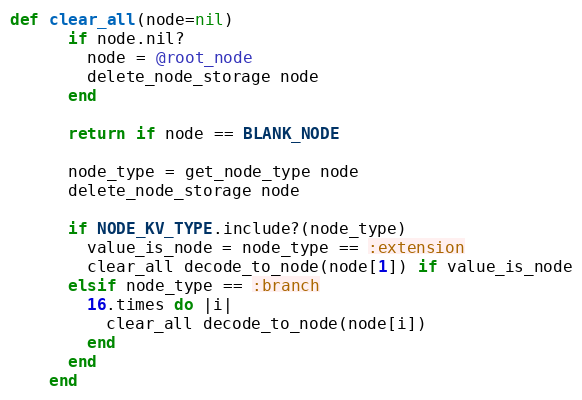
Language: Ruby
def clear_all(node=nil)
      if node.nil?
        node = @root_node
        delete_node_storage node
      end

      return if node == BLANK_NODE

      node_type = get_node_type node
      delete_node_storage node

      if NODE_KV_TYPE.include?(node_type)
        value_is_node = node_type == :extension
        clear_all decode_to_node(node[1]) if value_is_node
      elsif node_type == :branch
        16.times do |i|
          clear_all decode_to_node(node[i])
        end
      end
    end